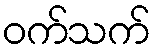
ဝက်သက်